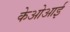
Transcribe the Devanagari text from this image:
केओआई